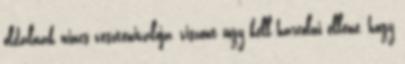
oldalnak nincs vesztenivaloja, viszont ugy kell harcolni ellene, hogy